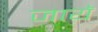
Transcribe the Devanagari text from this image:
जायॅ